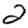
Digit: 2